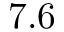
7 . 6